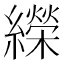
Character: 𦆱